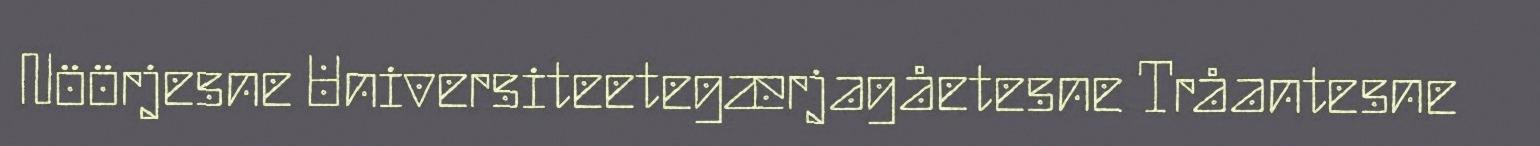
Nöörjesne Universiteetegærjagåetesne Tråantesne